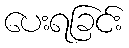
ပေးရခြင်း